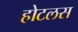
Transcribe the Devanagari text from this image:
होटलस